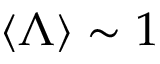
\langle \Lambda \rangle \sim 1